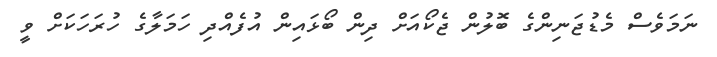
ނަމަވެސް މެޑުޖަނިންގެ ބޮލުން ޖެކޯއަށް ދިން ބޯޅައިން އުފެއްދި ހަމަލާގެ ހުރަހަކަށް ވީ